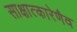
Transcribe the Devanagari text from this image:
साक्षात्कारेणैव